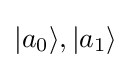
|a_{0}\rangle ,|a_{1}\rangle